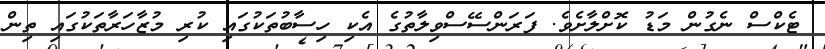
ޓެކްސް ނެގުން މަޑު ކޮށްލާށެވެ. ފަރަންސޭސްވިލާތުގެ އެކި ހިސާބުތަކުގައި ކުރި މުޒާހަރާތަކުގައި ތިން